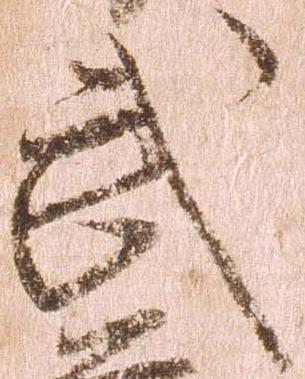
武